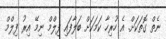
ނެތް ގޮތަކަށް. އެ ހުރިހާ ކަމަކަށް ބަލާފައި ފިލްމް ނިމޭ އިރު ފިލްމް